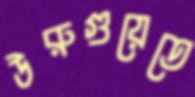
উরুগুয়েতে